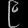
Digit: ၉